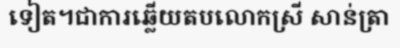
ទៀត។ជាការឆ្លើយតបលោកស្រី សាន់ត្រា